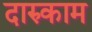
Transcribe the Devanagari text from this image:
दारुकाम